Calcutta medical institutions reports 1879-81 [i.e.91]
Year: 1879
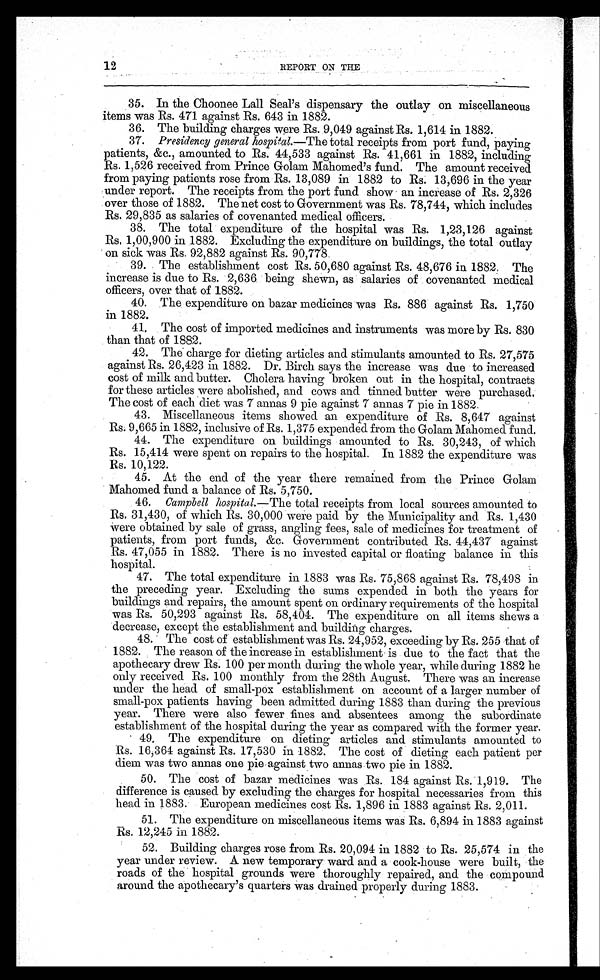
12
REPORT ON THE
.
35. In the Choonee Lall Seal's dispensary the outlay on miscellaneous
items was Rs. 471 against Rs. 643 in 1882.
36. The building charges were Rs. 9,049 against Rs. 1,614 in 1882.
37. Presidency general hospital.—The
total receipts from port fund, paying
patients, &c., amounted to Rs. 44,533 against Rs. 41,661 in 1882, including
Rs. 1,526 received from Prince Golam Mahomed's fund. The amount received
from paying patients rose from Rs. 13,089 in 1882 to Rs. 13,696 in the year
under report. The receipts from the port fund show an increase of Rs. 2,326
over those of 1882. The net cost to Government was Rs. 78,744, which includes
Rs. 29,835 as salaries of covenanted medical officers.
38. The total expenditure of the hospital was Rs. 1,23,126 against
R s . 1 , 0 0 , 9 0 0 i n 1 8 8 2 . E x c l u d i n g t h e e x p e n d i t u r e o n b u i l d i n g s , t h e t o t a l o u t l a y
on sick was Rs. 92,882 against Rs. 90,778.
39. The establishment cost Rs. 50,680 against Rs. 48,676 in 1882. The
increase is due to Rs. 2,636 being shewn, as salaries of covenanted medical
officers, over that of 1882.
40. The expenditure on bazar medicines was Rs. 886 against Rs. 1,750
in 1882.
41. The cost of imported medicines and instruments was more by Rs. 830
than that of 1882.
42. The charge for dieting articles and stimulants amounted to Rs. 27,575
against Rs. 26,423 in 1882. Dr. Birch says the increase was due to increased
cost of milk and butter. Cholera having broken. out in the hospital, contracts
for these articles were abolished, and cows and tinned butter were purchased.
The cost of each diet was 7 annas 9 pie against 7 annas 7 pie in 1882.
43. Miscellaneous items showed an expenditure of Rs. 8,647 against
Rs. 9,665 in 1882, inclusive of Rs. 1,375 expended from the Golam Mahomed fund.
44. The expenditure on buildings amounted to Rs. 30,243, of which
Rs. 15,414 were spent on repairs to the hospital. In 1882 the expenditure was
Rs. 10,122.
45. At the end of the year there remained from the Prince Golam
Mahomed fund a balance of Rs. 5,750.
46.
Campbell hospital.— The total receipts from local sources amounted to
Rs. 31,430, of which Rs. 30,000 were paid by the Municipality and Rs. 1,430
w e r e o b t a i n e d b y s a l e o f g r a s s , a n g l i n g f e e s , s a l e o f m e d i c i n e s f o r t r e a t m e n t o f
patients, from port funds, &c. Government contributed Rs. 44,437 against
Rs. 47,055 in 1882. There is no invested capital or floating balance in this
hospital.
47. The total expenditure in 1883 was Rs. 75,868 against Rs. 78,498 in
the preceding year. Excluding the sums expended in both the years for
buildings and repairs, the amount spent on ordinary requirements of the hospital
was Rs. 50,293 against Rs. 58,404. The expenditure on all items shews a
decrease, except the establishment and building charges.
48. The cost of establishment was Rs. 24,952, exceeding by Rs. 255 that of
1882. The reason of the increase in establishment is due to the fact that the
apothecary drew Rs. 100 per month during the whole year, while during 1882 he
only received Rs. 100 monthly from the 28th August. There was an increase
under the head of small-pox establishment on account of a larger number of
small-pox patients having been admitted during 1883 than during the previous
year. There were also fewer fines and absentees among the subordinate
establishment of the hospital during the year as compared with the former year.
4 9 . T h e e x p e n d i t u r e o n d i e t i n g a r t i c l e s a n d s t i m u l a n t s a m o u n t e d t o
R s . 1 6 , 3 6 4 a g a i n s t R s . 1 7 , 5 3 0 i n 1 8 8 2 . T h e c o s t o f d i e t i n g e a c h p a t i e n t p e r
diem was two annas one pie against two annas two pie in 1882.
50. The cost of bazar medicines was Rs. 184 against Rs. 1,919. The
difference is caused by excluding the charges for hospital necessaries from this
head in 1883. European medicines cost Rs. 1,896 in 1883 against Rs. 2,011.
51. The expenditure on miscellaneous items was Rs. 6,894 in 1883 against
Rs. 12,245 in 1882.
52. Building charges rose from Rs. 20,094 in 1882 to Rs. 25,574 in the
year under review. A new temporary ward and a cook-house were built, the
roads of the hospital grounds were thoroughly repaired, and the compound
around the apothecary's quarters was drained properly during 1883.